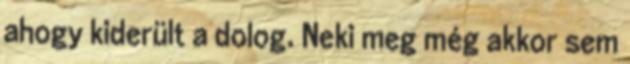
ahogy kiderült a dolog. Neki meg még akkor sem